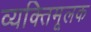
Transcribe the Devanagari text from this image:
व्यक्तिमूलक